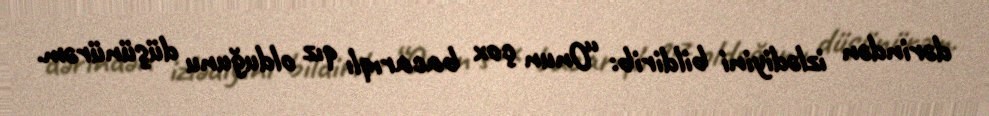
dərindən izlədiyini bildirib: “Onun çox bacarıqlı qız olduğunu düşünürəm.